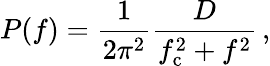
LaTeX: P(f)=\frac{1}{2\pi^{2}}\frac{D}{f_{\mathrm{c}}^{2}+f^{2}}\, ,